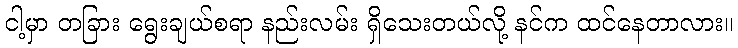
ငါ့မှာ တခြား ရွေးချယ်စရာ နည်းလမ်း ရှိသေးတယ်လို့ နင်က ထင်နေတာလား။